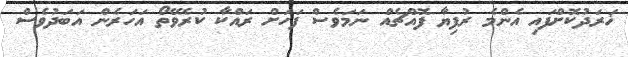
ޚަރަދުކޮށްފައި އެންމެ ރުފިޔާ ފޮއްޗެއް ނަމަވެސް ފަހަށް ރައްކާ ކުރެވޭތޯ އަަހަރެން އަބަދުވެސް